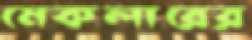
মেকলারের